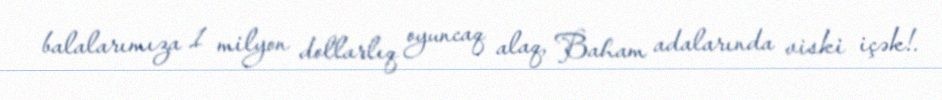
balalarımıza 1 milyon dollarlıq oyuncaq alaq, Baham adalarında viski içək!.